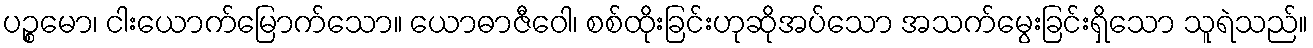
ပဉ္စမော၊ ငါးယောက်မြောက်သော။ ယောဓာဇီဝေါ၊ စစ်ထိုးခြင်းဟုဆိုအပ်သော အသက်မွေးခြင်းရှိသော သူရဲသည်။